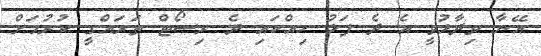
އޭނާ ވިދާޅުވީ އެ ދެ ފަޅު ހިއްކައި ދެ ރިސޯޓް ތަރައްގީ ކުރުމަށް